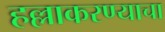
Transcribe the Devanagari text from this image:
हल्लाकरण्याचा